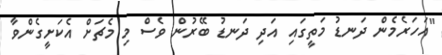
"އަހަރެެމެން ދަނޑު މަތީގައި އަދި ދަނޑު ބޭރުން ވެސް މި މެޗަށް އެކަށީގެންވާ